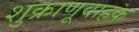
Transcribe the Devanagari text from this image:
शुक्राणूवाहक